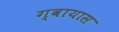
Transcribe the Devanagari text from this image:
ग्वायास